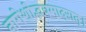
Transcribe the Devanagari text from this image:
नागेशोद्भवमादरात्‌।